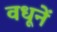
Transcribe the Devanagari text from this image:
वधूनें